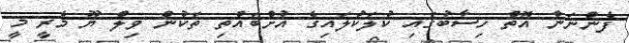
ފެންނަން އޮތް ހިސާބުގައި ކުލަކުލައިގެ އުށްބައްތި ތަކުން ވިލް ޔޫ މެރީ މީ